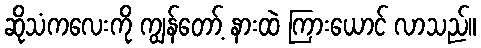
ဆိုသံကလေးကို ကျွန်တော့် နားထဲ ကြားယောင် လာသည်။